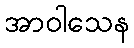
အာဝါသေန